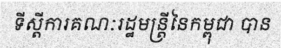
ទីស្តីការគណៈរដ្ឋមន្ត្រីនៃកម្ពុជា បាន